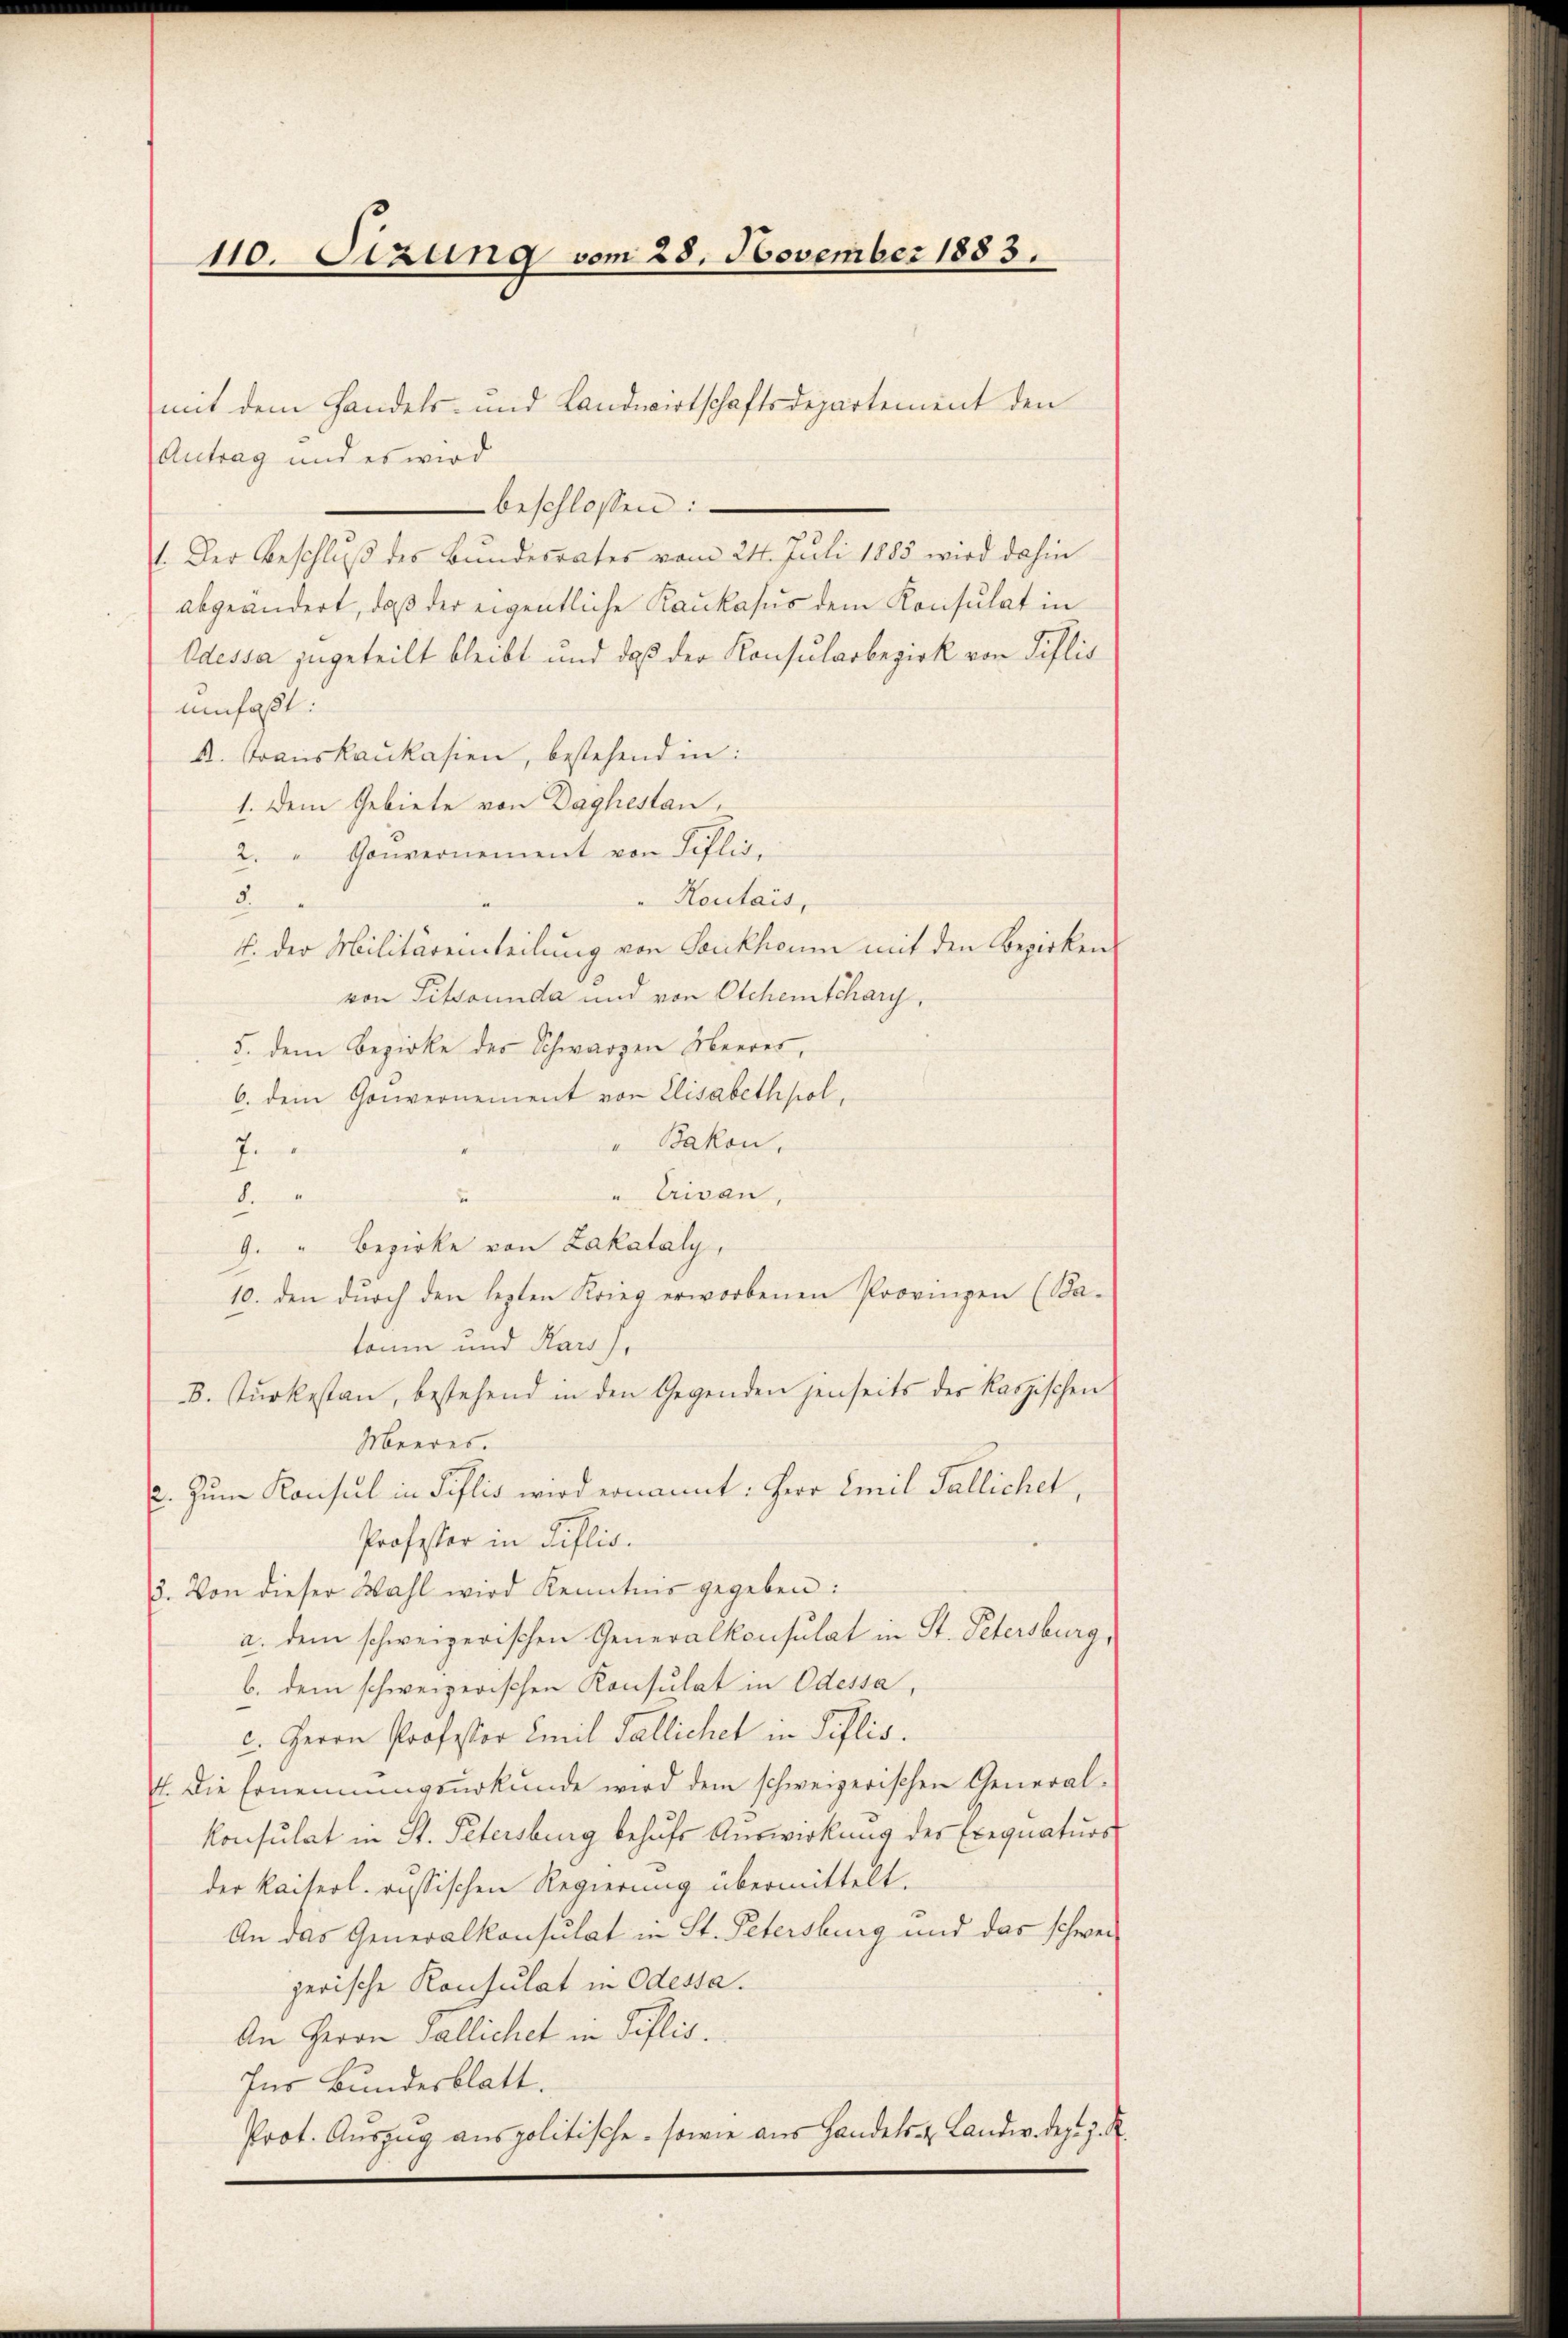
110. Sizung vom 28. November 1883.

Antrag und es wird
beschlossen:
1. Der Beschluß des Bundesrates vom 24. Juli 1885 wird dahin
abgeändert, daß der eigentliche Raukasus dem Konsulat in
Odessa zugeteilt bleibt und daß der Konsularbezirk von Pislis
umfaßt.
k. Trauskaukasien, bestehend in:
1. Dem Gebiete von Daghestan
2. " Gouvernement von Siflis,
3.
"Houtais,
4. der Militäreinteilung von Tonkhaum mit den Bezirken
von Pitsounda und von Otchenschary,
5. dem Bezirke des Schwarzen Meeres,
6. dem Gouvernement von Elisabethpol
"Bakon,
7
"Crivan,
8.
9. " Bezirke von Zakataly,
10. den dŭrch den lezten Krieg erworbenen Provinzen (Ba-
toni und Kars.
B. Tŭrkestan, bestehend in den Gegenden jenseits der kaspischen
Meeres.
. Zum Konsul in Pislis wird ernannt: Herr Emil Fallichet,
Professor in Ruflio.
3. Von dieser Wahl wird Kenntnis gegeben:
a. dem schweizerischen Generalkonsulat in St. Petersburg,
b. dem schweizerischen Konsulat in Odessa,
c. Herrn Professor Emil Fallichet in Pillis.
4. Die Ernennungsurkunde wird dem schweizerischen General-
konsulat in St. Petersburg behŭfs Auswirkung des Exequaturs
der Kaiserl. russischen Regierung übermittelt.
An das Generalkonsulat in St. Petersburg und das schweizerische Konsulat in Odessa.
An Herrn Pallichet in Tiflis.
Ins Bundesblatt.
Prot. Auszug aus politische, sowie aus Handels- u Landw. dez. z. R.

mit dem Handels- und Landwirtschaftsdepartement den